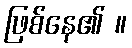
ဖြစ်နေ၏ ။